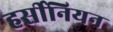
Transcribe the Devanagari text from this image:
हर्सीनियन